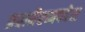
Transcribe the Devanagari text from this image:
प्रधानैरव्यपदेश